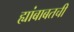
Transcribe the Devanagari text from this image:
ह्यांबाबतची